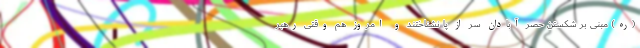
(ره) مبنی بر شکستن حصر آبادان سر از پا نشناختند و امروز هم وقتی رهبر